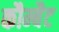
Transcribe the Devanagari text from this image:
कौम्बैट